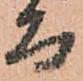
而